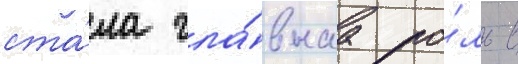
ста́ла гла́внаа ро́ль в